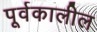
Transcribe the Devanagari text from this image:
पूर्वकालील